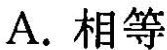
A.相等